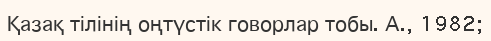
Қазақ тілінің оңтүстік говорлар тобы. А., 1982;